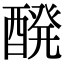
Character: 醗